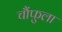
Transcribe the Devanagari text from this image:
चौंफुला